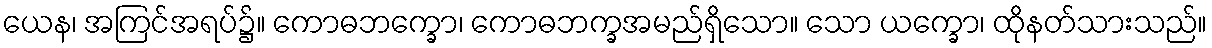
ယေန၊ အကြင်အရပ်၌။ ကောဓဘက္ခော၊ ကောဓဘက္ခအမည်ရှိသော။ သော ယက္ခော၊ ထိုနတ်သားသည်။